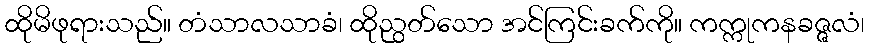
ထိုမိဖုရားသည်။ တံသာလသာခံ၊ ထိုညွတ်သော အင်ကြင်းခက်ကို။ ကက္ကုကနခဇ္ဇလံ၊